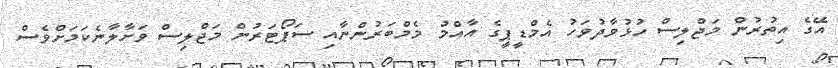
އޭގެ އިތުރުން މަޖްލިސް ހުޅުވާދުވަހު އެމްޑީޕީގެ އާއްމު މެމްބަރުންނާއި ސަޕޯޓަރުން މަޖްލިސް ވަށާލާނެކަމަށްވެސް